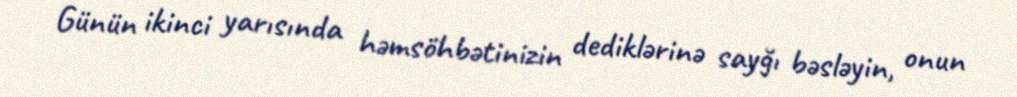
Günün ikinci yarısında həmsöhbətinizin dediklərinə sayğı bəsləyin, onun